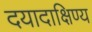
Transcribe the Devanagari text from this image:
दयादाक्षिण्य